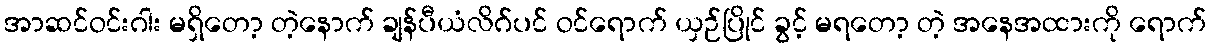
အာဆင်ဝင်းဂါး မရှိတော့ တဲ့နောက် ချန်ပီယံလိဂ်ပင် ဝင်ရောက် ယှဉ်ပြိုင် ခွင့် မရတော့ တဲ့ အနေအထားကို ရောက်